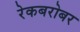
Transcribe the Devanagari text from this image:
रेकबरोबर